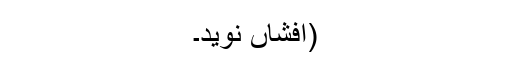
(افشاں نوید۔